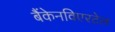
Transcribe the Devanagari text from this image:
बैंकेनविएरटेल